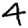
Digit: 4